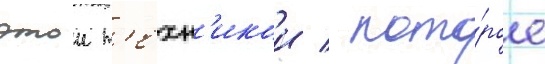
этои т'ехн'икои / кото́рое